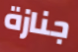
جنازة